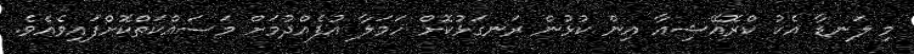
މި ލަނޑާ އެކު ކްރޮއޭޝިއާ އިން ކުޅުން ރަނގަޅުކޮށް ހަމަލާ އުފެއްދުމަށް މަސައްކަތްކޮށްފައިވެއެވެ.